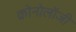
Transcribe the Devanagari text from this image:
क्रोनोलॉजी